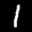
Label: 1